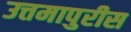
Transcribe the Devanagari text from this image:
उत्तमापुरीस